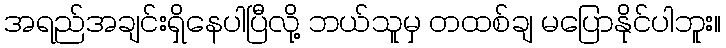
အရည်အချင်းရှိနေပါပြီလို့ ဘယ်သူမှ တထစ်ချ မပြောနိုင်ပါဘူး။